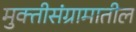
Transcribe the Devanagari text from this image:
मुक्तीसंग्रामातील